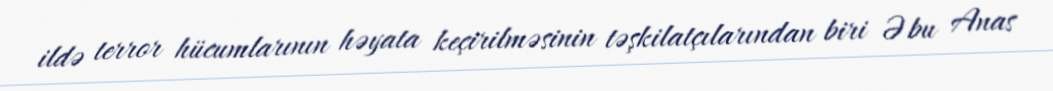
ildə terror hücumlarının həyata keçirilməsinin təşkilatçılarından biri Əbu Anas